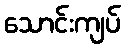
သောင်းကျပ်